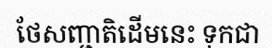
ថែសញ្ជាតិដើមនេះ ទុកជា